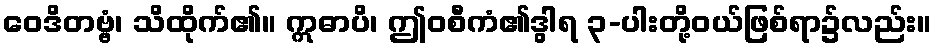
ဝေဒိတဗ္ဗံ၊ သိထိုက်၏။ ဣဓာပိ၊ ဤဝစီကံ၏ဒွါရ ၃-ပါးတို့ဝယ်ဖြစ်ရာ၌လည်း။